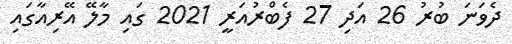
ދެވަނަ ބުރު 26 އަދި 27 ފެބްރުއަރީ 2021 ގައި މާލޭ އޭރިއާގައި